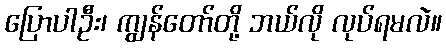
ပြောပါဦး၊ ကျွန်တော်တို့ ဘယ်လို လုပ်ရမလဲ။